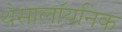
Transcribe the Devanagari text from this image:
थेसालॉयनिक